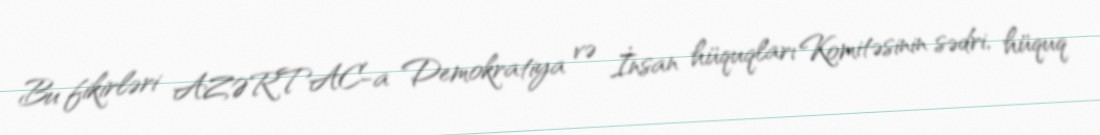
Bu fikirləri AZƏRTAC-a Demokratiya və İnsan hüquqları Komitəsinin sədri, hüquq